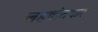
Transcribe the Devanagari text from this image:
लहवीतकर